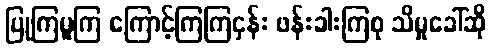
ပြုကြမူကြ ကြောင့်ကြကြငှန်း ဖန်းခါးကြစု သိမှုခေါ်ဆို